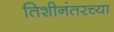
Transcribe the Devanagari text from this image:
तिशीनंतरच्या